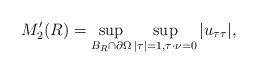
LaTeX: \begin{align*}M_2^\prime(R)= \sup\limits_{B_{R}\cap \partial\Omega}\sup\limits_{|\tau|=1,\tau\cdot \nu=0} |u_{\tau\tau}|,\end{align*}